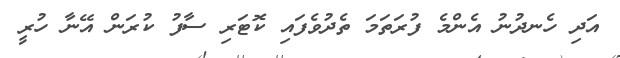
އަދި ހެނދުނު އެންމެ ފުރަތަމަ ތެދުވެފައި ކޮޓަރި ސާފު ކުރަން އޭނާ ހުރީ